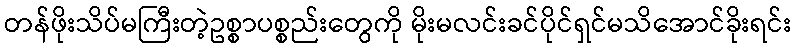
တန်ဖိုးသိပ်မကြီးတဲ့ဥစ္စာပစ္စည်းတွေကို မိုးမလင်းခင်ပိုင်ရှင်မသိအောင်ခိုးရင်း